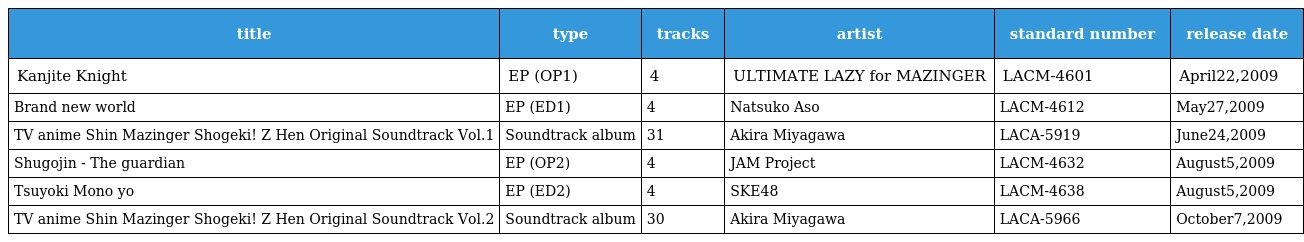
| title | type | tracks | artist | standard number | release date |
 | --- | --- | --- | --- | --- | --- |
 | Kanjite Knight | EP (OP1) | 4 | ULTIMATE LAZY for MAZINGER | LACM-4601 | April22,2009 |
 | Brand new world | EP (ED1) | 4 | Natsuko Aso | LACM-4612 | May27,2009 |
 | TV anime Shin Mazinger Shogeki! Z Hen Original Soundtrack Vol.1 | Soundtrack album | 31 | Akira Miyagawa | LACA-5919 | June24,2009 |
 | Shugojin - The guardian | EP (OP2) | 4 | JAM Project | LACM-4632 | August5,2009 |
 | Tsuyoki Mono yo | EP (ED2) | 4 | SKE48 | LACM-4638 | August5,2009 |
 | TV anime Shin Mazinger Shogeki! Z Hen Original Soundtrack Vol.2 | Soundtrack album | 30 | Akira Miyagawa | LACA-5966 | October7,2009 |